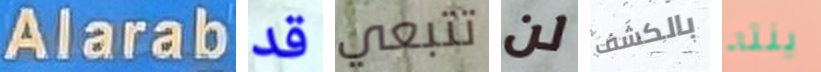
Alarab قد تتبعي لن بالكشف ينته